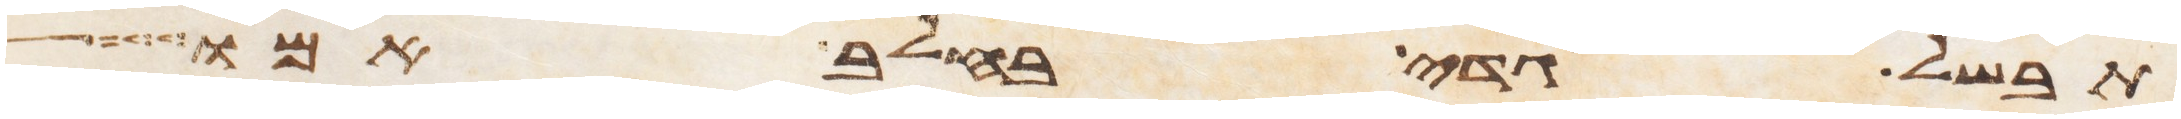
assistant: תבשל גדי בחלב אמו